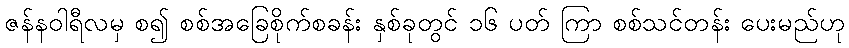
ဇန်နဝါရီလမှ စ၍ စစ်အခြေစိုက်စခန်း နှစ်ခုတွင် ၁၆ ပတ် ကြာ စစ်သင်တန်း ပေးမည်ဟု